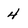
Character: 4